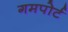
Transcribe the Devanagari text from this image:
गमपोर्ट